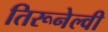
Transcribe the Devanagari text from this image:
तिरूनेल्वी